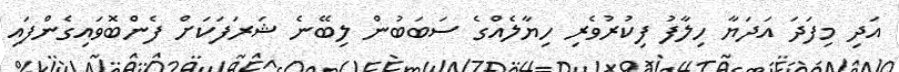
އަދި މިފަދަ އަދަޔާ ހިލާފު ފިކުރުވެރި ހިޔާލެއްގެ ސަބަބުން ލިބޭނެ ޝަރަފަކަށް ފެންބޮވައިގެންފައި